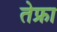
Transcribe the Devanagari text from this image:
तेफ्रा